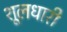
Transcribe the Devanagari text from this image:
शूलधारी